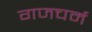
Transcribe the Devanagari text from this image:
गजचर्म